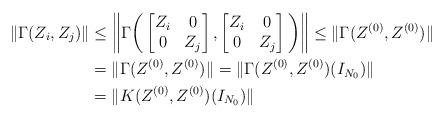
LaTeX: \begin{align*}\| \Gamma(Z_i, Z_j) \| & \le \bigg\| \Gamma \bigg( \begin{bmatrix} Z_i & 0 \\ 0 & Z_j \end{bmatrix},\begin{bmatrix} Z_i & 0 \\ 0 & Z_j \end{bmatrix} \bigg) \bigg\| \le \| \Gamma(Z^{(0)}, Z^{(0)} ) \| \\& = \| \Gamma(Z^{(0)}, Z^{(0)}) \| =\| \Gamma(Z^{(0)}, Z^{(0)})(I_{N_0}) \| \\& = \| K(Z^{(0)}, Z^{(0)} )(I_{N_0}) \|\end{align*}